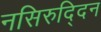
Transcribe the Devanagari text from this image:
नसिरुद्दिन